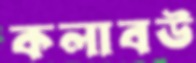
কলাবউ